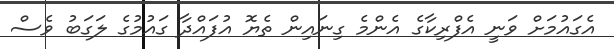
އެގައުމަށް ވަނީ އެފްރިކާގެ އެންމެ ގިނައިން ތެޔޮ އުފައްދާ ގައުމުގެ ލަގަބު ވެސް